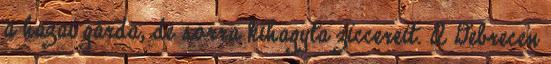
a hazai gárda, de sorra kihagyta ziccereit. A Debrecen